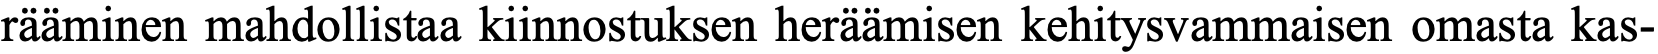
rääminen mahdollistaa kiinnostuksen heräämisen kehitysvammaisen omasta kas-